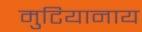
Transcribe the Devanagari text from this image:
मुटियानाय